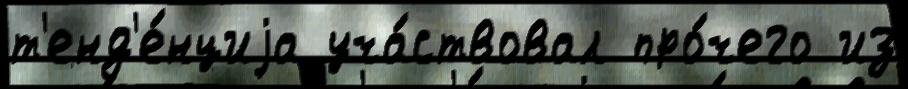
т'енд'е́нциjа уча́ствовал про́чего из